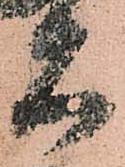
石